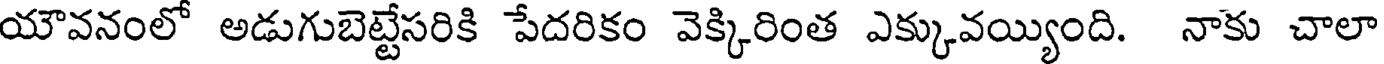
యౌవనంలో అడుగుబెట్టేసరికి పేదరికం వెక్కిరింత ఎక్కువయ్యింది. నాకు చాలా